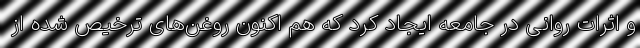
و اثرات روانی در جامعه ایجاد کرد که هم اکنون روغن‌های ترخیص شده از